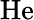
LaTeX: \mathrm{He}